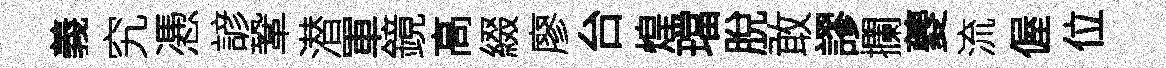
義究慿諺鞏潜軍鏡高綴廖台煌璫脫敢謬攔夔流偓位